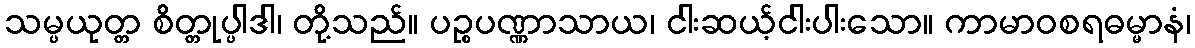
သမ္ပယုတ္တ စိတ္တုပ္ပါဒါ၊ တို့သည်။ ပဉ္စပဏ္ဏာသာယ၊ ငါးဆယ့်ငါးပါးသော။ ကာမာဝစရဓမ္မာနံ၊